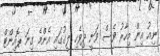
ނިއު އިން މިހާރު ވެސް ވަނީ ދިވެހި ލީގުގައި އެންމެ ގިނަ ޕޮއިންޓް